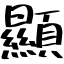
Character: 顯